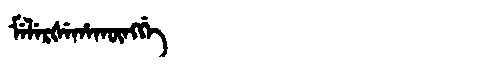
Manchu: ᠮᡝᠯᡝᡵᡧᡝᡥᠠᡴᡡᠩᡤᡝ
Romanization: MELERŠEHAKŪNGGE